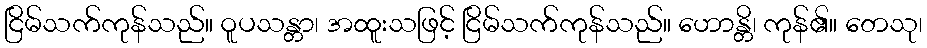
ငြိမ်သက်ကုန်သည်။ ဝူပသန္တာ၊ အထူးသဖြင့် ငြိမ်သက်ကုန်သည်။ ဟောန္တိ၊ ကုန်၏။ တေသု၊